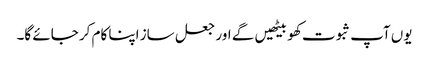
یوں آپ ثبوت کھو بیٹھیں گے اور جعل ساز اپنا کام کر جائے گا۔